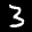
Label: 3